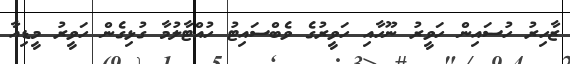
ޒާހިރު ހުސައިން ހަވީރު ނޫހާއި ހަވީރުގެ ވެބްސައިޓު ހުއްޓާލުމާ ގުޅިގެން ހަވީރު މީޑިއާ